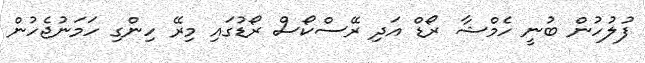
ފުލުހުން ބުނީ ހެމްޝާ ރޯޑް އަދި ރޭސްކޯސް ރޯޑުގައި މިރޭ ހިންގި ހަމަނުޖެހުން